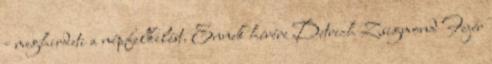
- meghirdeti a népfelkelést. Ennek hírére Detrich Zsigmond Fejér